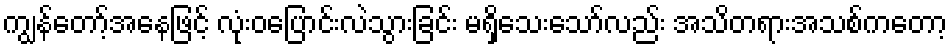
ကျွန်တော့်အနေဖြင့် လုံးဝပြောင်းလဲသွားခြင်း မရှိသေးသော်လည်း အသိတရားအသစ်ကတော့